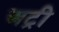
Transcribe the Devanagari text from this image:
अट्री